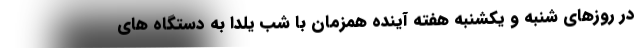
در روزهای شنبه و یکشنبه هفته آینده همزمان با شب یلدا به دستگاه های